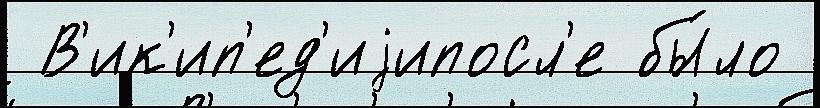
 В'ик'ип'ед'иjипосл'е бы́ло